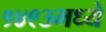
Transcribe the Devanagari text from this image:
१४९३मध्ये